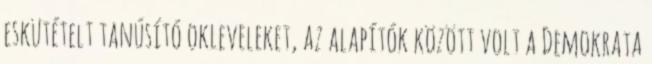
eskütételt tanúsító okleveleket, az alapítók között volt a Demokrata